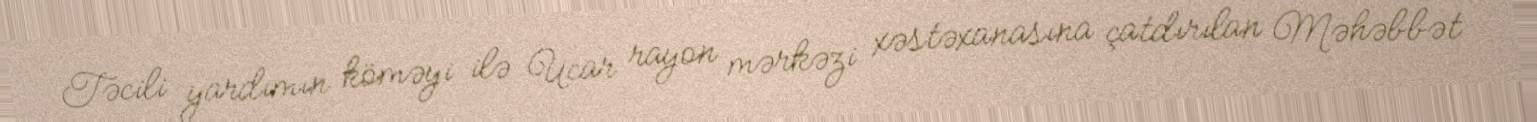
Təcili yardımın köməyi ilə Ucar rayon mərkəzi xəstəxanasına çatdırılan Məhəbbət